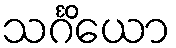
သင်္ဂိယော